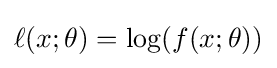
\ell (x;\theta )=\log(f(x;\theta ))